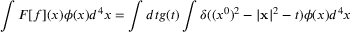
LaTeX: \int F [ f ] ( x ) \phi ( x ) d ^ { 4 } x = \int d t g ( t ) \int \delta ( ( x ^ { 0 } ) ^ { 2 } - | { \bf x } | ^ { 2 } - t ) \phi ( x ) d ^ { 4 } x